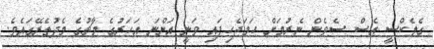
ގެލެކްސީ އެސް ސެވެން ނެެރުމަށް ހަމަޖެހިފައި ވަނީ އަންނަ އަހަރުގެ މާޗުގެ މެދުތެރޭގައެވެ.